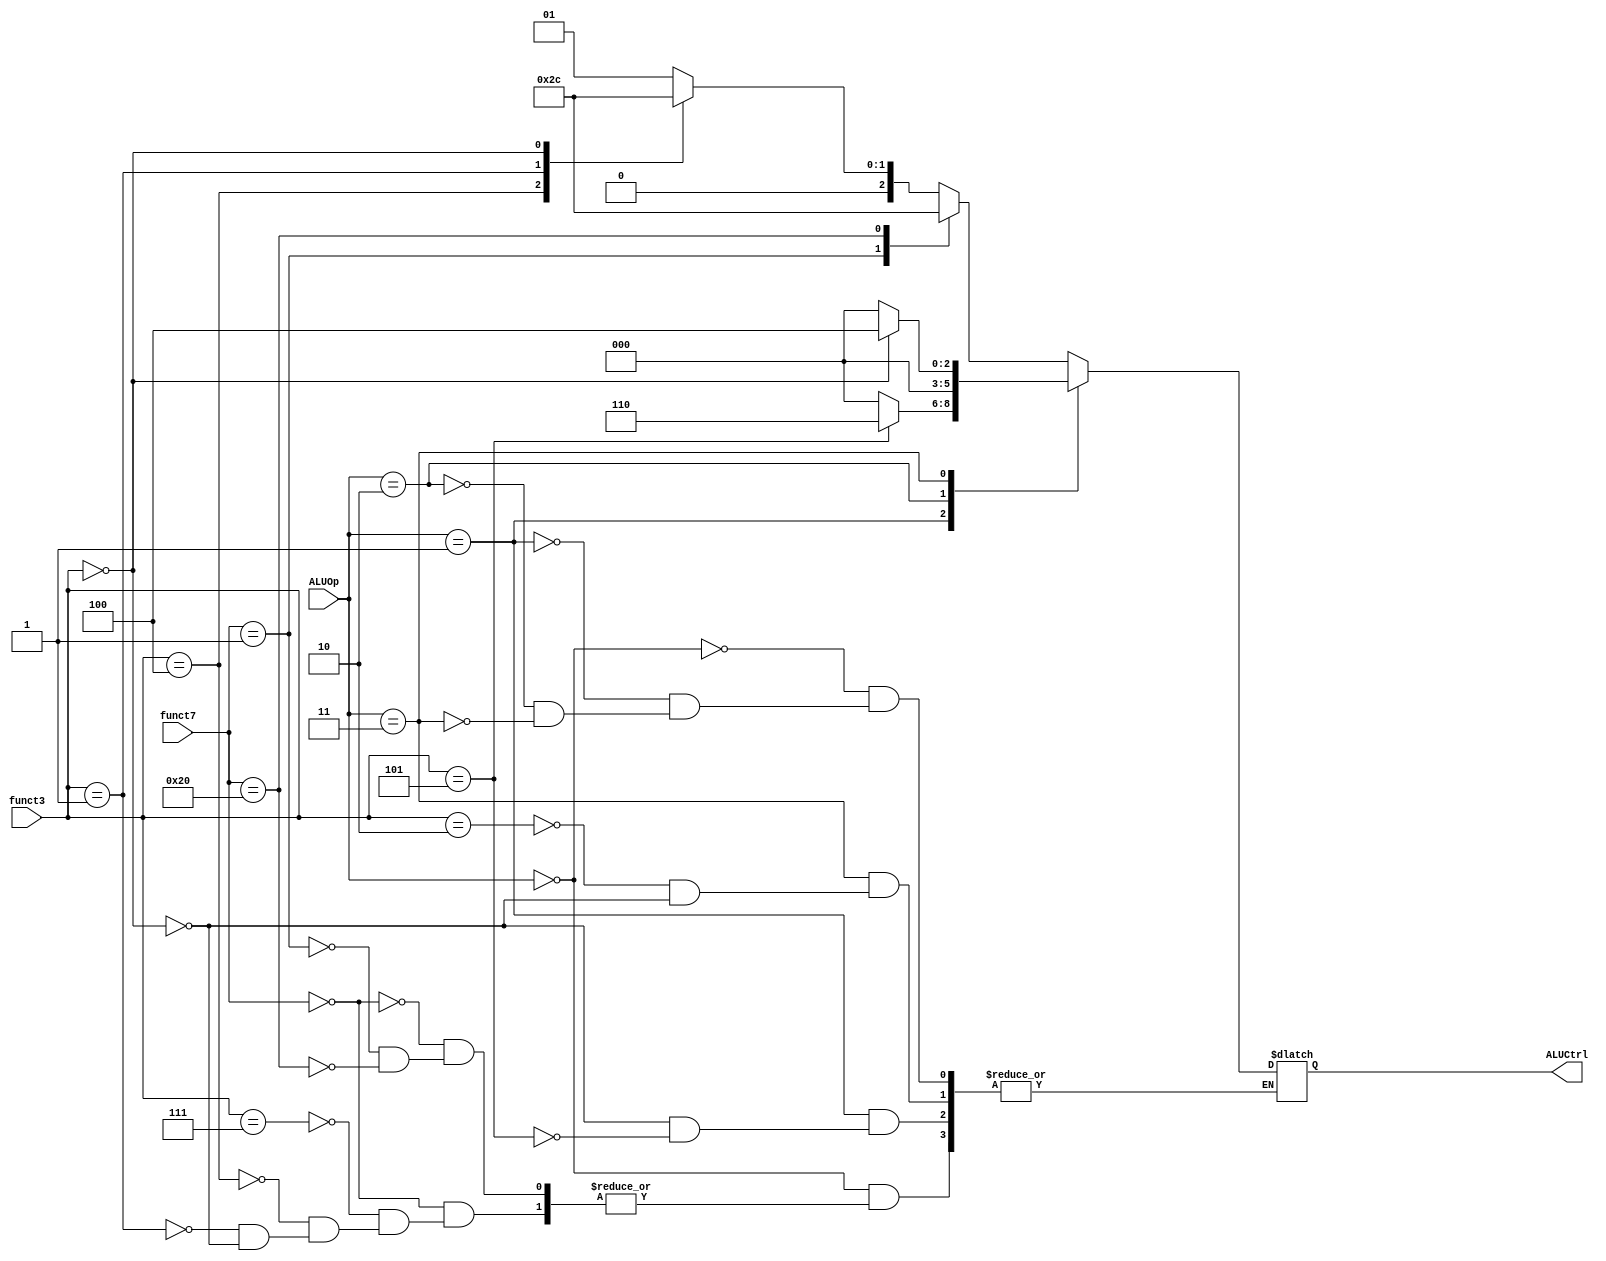
module ALU_Control
(
    funct7,
    funct3,
    ALUOp,
    ALUCtrl,
);

input [6:0] funct7;
input [2:0] funct3;
input [1:0] ALUOp;

output [2:0] ALUCtrl;

reg [2:0] ALUCtrl;

initial
begin
    ALUCtrl <= 0;
end

/*
000: add 
001: and
010: xor
011: sll
100: sub
101: mul
110: srai
*/

always @(*)
begin
    case(ALUOp)
        2'b00: // and xor sll add sub mul
        begin
            case(funct7)
                7'b0000000: // and xor sll add 
                begin
                    case(funct3)
                        3'b111: ALUCtrl <= 3'b001; // and
                        3'b100: ALUCtrl <= 3'b010; // xor
                        3'b001: ALUCtrl <= 3'b011; // sll
                        3'b000: ALUCtrl <= 3'b000; // add
                    endcase
                end
                7'b0000001: // mul
                begin
                    ALUCtrl <= 3'b101; // mul
                end
                7'b0100000: // sub
                begin
                    ALUCtrl <= 3'b100; // sub
                end
            endcase
        end
        2'b01: // addi srai
        begin
            case(funct3)
                3'b000: ALUCtrl <= 3'b000; // addi
                3'b101: ALUCtrl <= 3'b110; // srai
            endcase
        end
        2'b10: // lw
        begin
            ALUCtrl <= 3'b000; // lw -> add
        end
        2'b11: // sw beq
        begin
            case(funct3)
                3'b010: ALUCtrl <= 3'b000; // sw -> add
                3'b000: ALUCtrl <= 3'b100; // beq
            endcase
        end
    endcase
end

endmodule